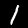
Label: 1